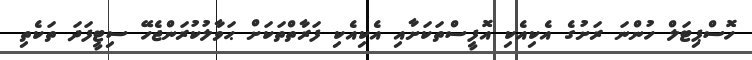
ހޮސްޕިޓަލް ހުންނަ ރަށުގެ އެކިއެކި އޮފީސްތަކަށާއި އެކިއެކި ފަރާތްތަކަށް ޙަވާލުކުރަންޖެހޭ ސިޓީފަދަ ތަކެތި